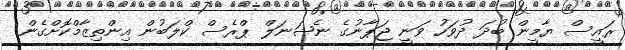
ރައީސް ޔާމީން ބުދަ ދުވަހު ވަނީ ޖަޕާނުގެ ނެޝަނަލް ޕްރެސް ކްލަބުން އިންތިޒާމްކޮށްގެން